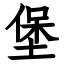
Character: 堡